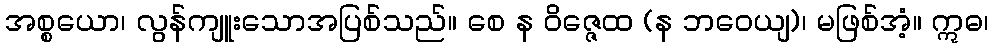
အစ္စယော၊ လွန်ကျူးသောအပြစ်သည်။ စေ န ဝိဇ္ဇေထ (န ဘဝေယျ)၊ မဖြစ်အံ့။ ဣဓ၊